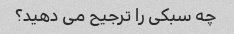
چه سبکی را ترجیح می دهید؟